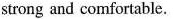
strong and comfortable.